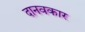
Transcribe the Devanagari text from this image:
दानवकार